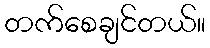
တက်စေချင်တယ်။